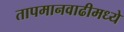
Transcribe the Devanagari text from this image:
तापमानवाढीमध्ये